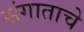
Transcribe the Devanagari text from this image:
संगाताचे